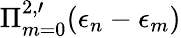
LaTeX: \Pi_{m=0}^{2,\prime}(\epsilon_{n}-\epsilon_{m})